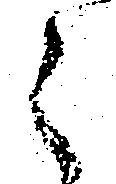
と